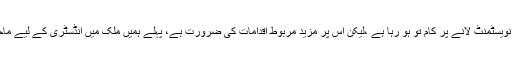
نئی انڈسٹریل سٹیٹس بنانے اور فارن انویسٹمنٹ لانے پر کام تو ہو رہا ہے ،لیکن اس پر مزید مربوط اقدامات کی ضرورت ہے، پہلے ہمیں ملک میں انڈسٹری کے لیے ماحول سازگار بنانے کی ضرورت ہے۔